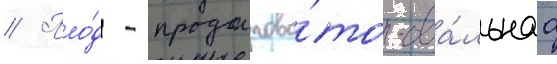
// Пло́д - продолгова́то-ова́льнаа